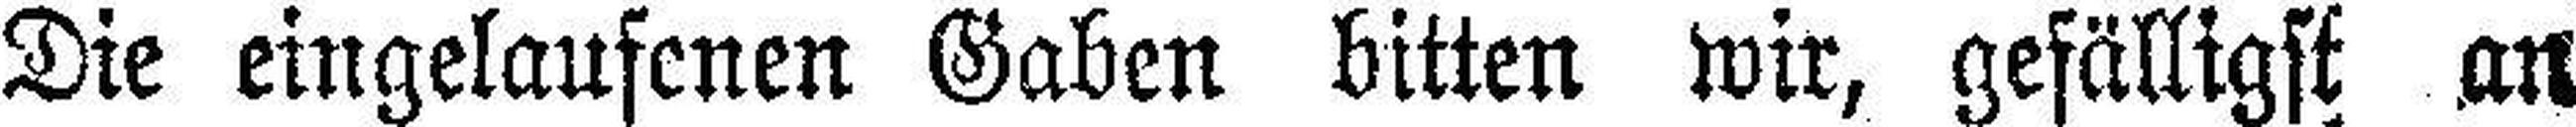
Die eingelaufenen Gaben bitten wir, gefälligst an